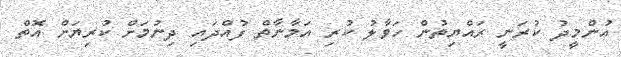
އުންމީދު ކުރަނީ ރައްޔިތުން ހަވާލު ކުރި އަމާނާތް ފުއްދައި ދިނުމަށް ކުރިޔަށް އޮތް